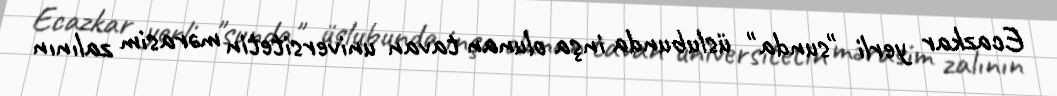
Ecazkar yerli "sunda" üslubunda inşa olunan tavan universitetin mərasim zalının